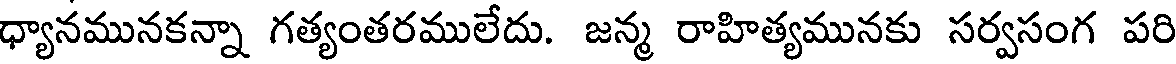
ధ్యానమునకన్నా గత్యంతరములేదు. జన్మ రాహిత్యమునకు సర్వసంగ పరి